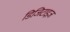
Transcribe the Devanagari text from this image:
डिजिटाइज़